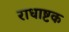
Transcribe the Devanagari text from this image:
राधाष्टक